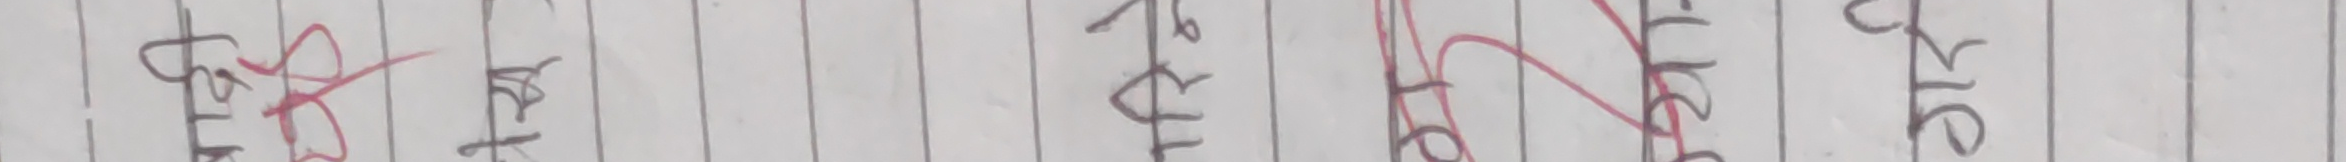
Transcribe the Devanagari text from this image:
पिठल पहाड परुवा पर